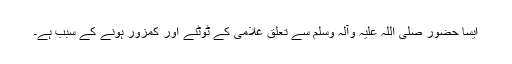
ایسا حضور صلی اللہ علیہ وآلہ وسلم سے تعلق غلامی کے ٹوٹنے اور کمزور ہونے کے سبب ہے۔